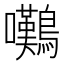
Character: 𫛗